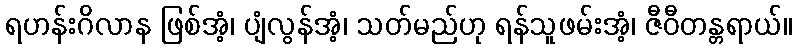
ရဟန်းဂိလာန ဖြစ်အံ့၊ ပျံလွန်အံ့၊ သတ်မည်ဟု ရန်သူဖမ်းအံ့၊ ဇီဝီတန္တရာယ်။